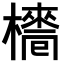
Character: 𣝿